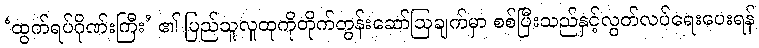
‘ထွက်ရပ်ဂိုဏ်းကြီး’ ၏ ပြည်သူလူထုကိုတိုက်တွန်းဆော်ဩချက်မှာ စစ်ပြီးသည်နှင့်လွတ်လပ်ရေးပေးရန်